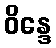
ဝိန္ဒေ